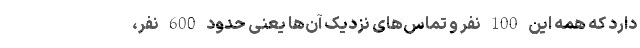
دارد که همه این 100 نفر و تماس‌های نزدیک آن‌ها یعنی حدود 600 نفر،